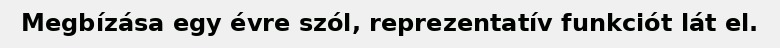
Megbízása egy évre szól, reprezentatív funkciót lát el.